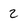
Character: 2